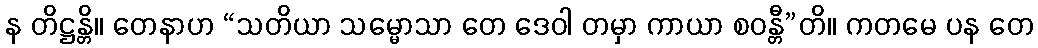
န တိဋ္ဌန္တိ။ တေနာဟ “သတိယာ သမ္မောသာ တေ ဒေဝါ တမှာ ကာယာ စဝန္တီ”တိ။ ကတမေ ပန တေ